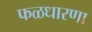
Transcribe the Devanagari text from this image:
फळधारणा